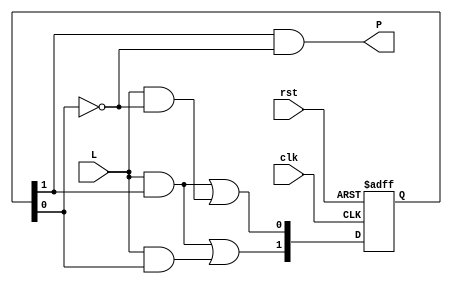
`timescale 1ns / 1ps
//////////////////////////////////////////////////////////////////////////////////
// Company: 
// Engineer: 
// 
// Design Name: 
// Module Name:    Level_to_pulse 
// Project Name: 
// Target Devices: 
// Tool versions: 
// Description: 
//
// Dependencies: 
//
// Revision: 
// Revision 0.01 - File Created
// Additional Comments: 
//
//////////////////////////////////////////////////////////////////////////////////
module Level_to_pulse(
    input clk,
    input rst,
	 input L,
    output P
    );
	 reg [1:0] Q;
	 wire [1:0]Qp;
	 //reg [1:0] state;
	 
//state logic
always @ (posedge clk, posedge rst)
if (rst) begin
Q <= 2'b00;
end else begin
Q <= Qp;
end
//next state logic
assign Qp[0] = L & Q[1]| L & ~Q[0];
assign Qp[1] = L & Q[1]| L & Q[0];

//output logic
assign P = Q[1] & ~Q[0];

endmodule